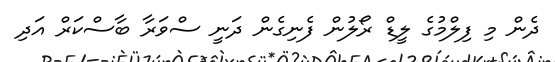
ދެން މި ފިލްމުގެ ލީޑް ރޯލުން ފެނިގެން ދަނީ ސްވަރާ ބާސްކަރް އަދި